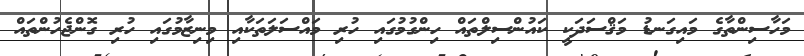
މަހާސިންތާގެ މައިގަނޑު މަޤްސަދަކީ ކައުންސިލްތައް ހިންގުމުގައި ހުރި މައްސަލަތަކާއި މިނިޒާމުގައި ހުރި ގޮންޖެހުންތައް